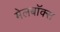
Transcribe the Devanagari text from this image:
मेलबाॅक्स